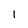
Character: I